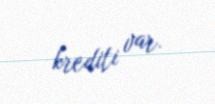
krediti var.